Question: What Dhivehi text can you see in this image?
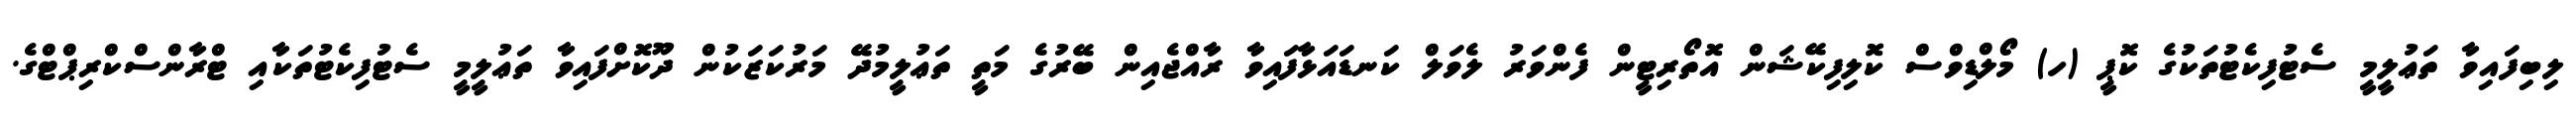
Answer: ލިބިފައިވާ ތަޢުލީމީ ސެޓުފިކެޓުތަކުގެ ކޮޕީ (ހ) މޯލްޑިވްސް ކޮލިފިކޭޝަން އޮތޯރިޓީން ފެންވަރު ލެވަލް ކަނޑައަޅާފައިވާ ރާއްޖެއިން ބޭރުގެ މަތީ ތަޢުލީމުދޭ މަރުކަޒަކުން ދޫކޮށްފައިވާ ތަޢުލީމީ ސެޓުފިކެޓުތަކާއި ޓްރާންސްކްރިޕްޓްގެ.